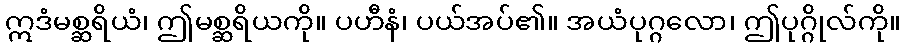
ဣဒံမစ္ဆရိယံ၊ ဤမစ္ဆရိယကို။ ပဟီနံ၊ ပယ်အပ်၏။ အယံပုဂ္ဂလော၊ ဤပုဂ္ဂိုလ်ကို။